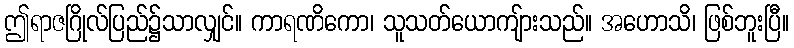
ဤရာဇဂြိုလ်ပြည်၌သာလျှင်။ ကာရဏိကော၊ သူသတ်ယောကျ်ားသည်။ အဟောသိ၊ ဖြစ်ဘူးပြီ။